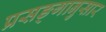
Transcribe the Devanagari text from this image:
प्रसङ्गानुसार